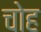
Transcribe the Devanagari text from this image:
चोह